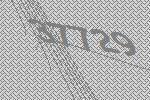
37729